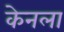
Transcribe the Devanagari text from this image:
केनला